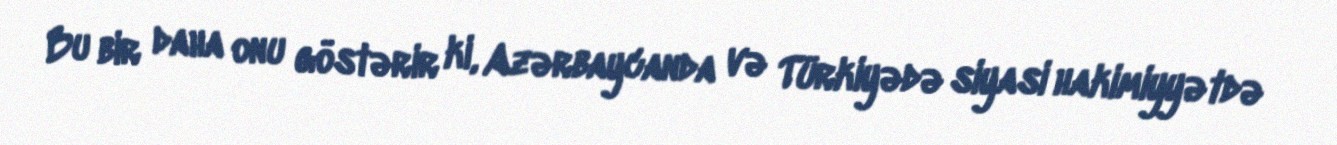
Bu bir daha onu göstərir ki, Azərbaycanda və Türkiyədə siyasi hakimiyyətdə